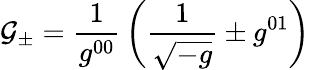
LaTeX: {\cal G_{\pm}}={\frac{1}{g^{00}}}\left({\frac{1}{\sqrt{-g}}}\pm g^{01}\right)